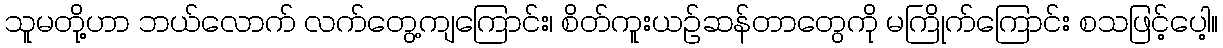
သူမတို့ဟာ ဘယ်လောက် လက်တွေ့ကျကြောင်း၊ စိတ်ကူးယဉ်ဆန်တာတွေကို မကြိုက်ကြောင်း စသဖြင့်ပေါ့။